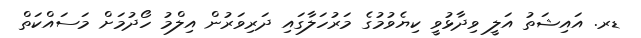
ޑރ. އައިޝަތު އަލީ ވިދާޅުވީ ކިޔެވުމުގެ މަރުހަލާގައި ދަރިވަރުން އިލްމު ހޯދުމަށް މަަސައްކަތް